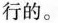
行的。